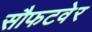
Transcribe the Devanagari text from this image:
सौफटवेर